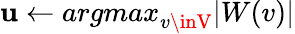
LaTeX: \mathbf{u}\gets\textit{{argmax}}_{v\inV}|W(v)|